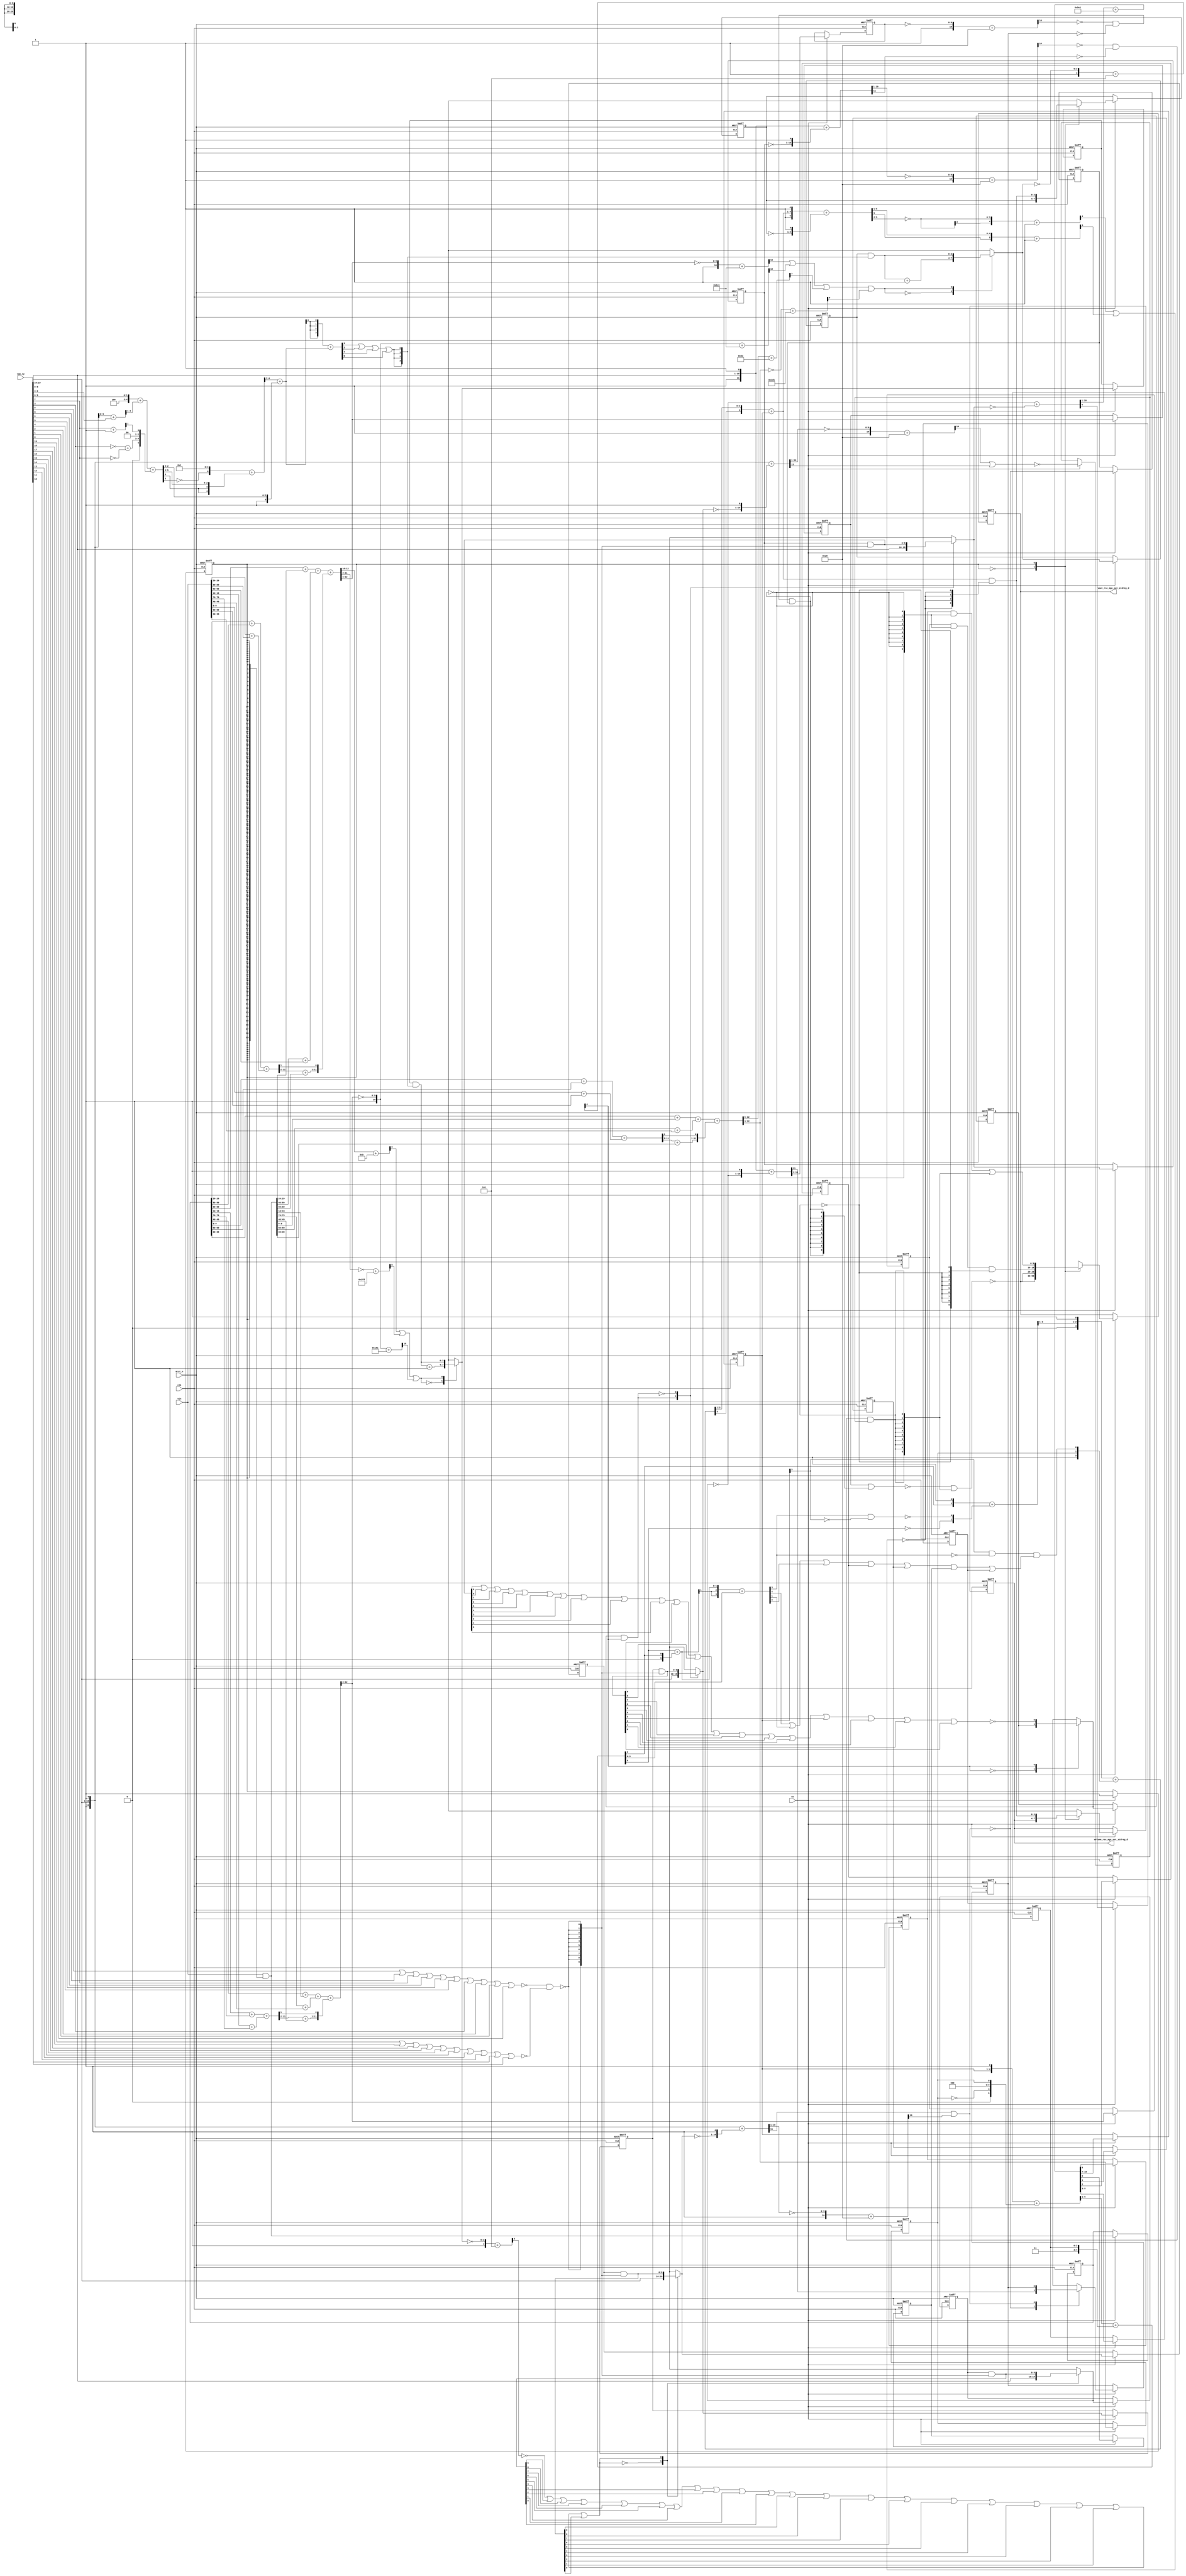
module gauss_blur_core (
  vin, vga_xy, clk, en, arst_n, vout_rsc_mgc_out_stdreg_d, volume_rsc_mgc_out_stdreg_d
);
  input [89:0] vin;
  input [19:0] vga_xy;
  input clk;
  input en;
  input arst_n;
  output [29:0] vout_rsc_mgc_out_stdreg_d;
  reg [29:0] vout_rsc_mgc_out_stdreg_d;
  output [3:0] volume_rsc_mgc_out_stdreg_d;
  reg [3:0] volume_rsc_mgc_out_stdreg_d;


  // Interconnect Declarations
  wire or_dcpl_7;
  wire not_tmp_8;
  reg [89:0] regs_regs_1_sva;
  reg [3:0] acc_15_0_sva;
  reg [3:0] acc_15_1_sva;
  reg [9:0] red_xy_0_sva;
  reg [9:0] red_xy_1_sva;
  reg [9:0] blue_xy_0_sva;
  reg [9:0] blue_xy_1_sva;
  reg [3:0] volume_previous_sva;
  reg if_9_land_lpi_1_dfm;
  reg [9:0] MAC1_acc_psp_sg1_sva_1;
  reg [9:0] MAC1_acc_39_psp_sg1_sva_1;
  reg [9:0] MAC1_acc_40_psp_sg1_sva_1;
  reg land_12_lpi_1_dfm_1;
  reg land_14_lpi_1_dfm_1;
  reg [9:0] deltay_square_red_slc_deltay_square_red_acc_psp_itm_1;
  reg aif_41_slc_itm_1;
  reg [2:0] volume_current_slc_acc_idiv_8_itm_1;
  reg volume_current_slc_acc_idiv_20_itm_1;
  reg volume_current_slc_acc_idiv_21_itm_1;
  reg volume_current_slc_acc_idiv_22_itm_1;
  reg volume_current_slc_acc_idiv_13_itm_1;
  reg [3:0] volume_current_slc_acc_idiv_7_itm_1;
  reg main_stage_0_2;
  wire if_9_land_lpi_1_dfm_mx0;
  wire [3:0] acc_15_0_sva_dfm_1_mx0;
  wire [9:0] blue_xy_1_sva_dfm;
  wire [9:0] blue_xy_0_sva_dfm;
  reg reg_volume_current_slc_acc_idiv_6_itm_1_cse;
  wire [9:0] red_xy_1_sva_dfm;
  wire [9:0] red_xy_0_sva_dfm;
  reg reg_deltay_square_blue_acc_psp_sva_tmp;
  wire [11:0] deltay_square_blue_acc_1_itm;
  wire [12:0] nl_deltay_square_blue_acc_1_itm;
  wire [5:0] if_17_acc_1_itm;
  wire [6:0] nl_if_17_acc_1_itm;
  wire [12:0] MAC1_acc_itm;
  wire [13:0] nl_MAC1_acc_itm;
  wire [12:0] MAC1_acc_78_itm;
  wire [13:0] nl_MAC1_acc_78_itm;
  wire [12:0] MAC1_acc_79_itm;
  wire [13:0] nl_MAC1_acc_79_itm;
  wire [11:0] deltay_square_red_acc_1_itm;
  wire [12:0] nl_deltay_square_red_acc_1_itm;
  wire [10:0] aif_39_acc_itm;
  wire [11:0] nl_aif_39_acc_itm;
  wire [11:0] deltax_square_red_acc_1_itm;
  wire [12:0] nl_deltax_square_red_acc_1_itm;
  wire [11:0] deltax_square_blue_acc_1_itm;
  wire [12:0] nl_deltax_square_blue_acc_1_itm;
  wire [4:0] acc_3_itm;
  wire [5:0] nl_acc_3_itm;
  wire [89:0] regs_regs_0_sva_mx0;
  wire land_11_lpi_1_dfm;
  wire land_13_lpi_1_dfm;
  wire [3:0] volume_previous_sva_dfm;
  wire [3:0] volume_current_sva;
  wire [4:0] nl_volume_current_sva;
  wire [4:0] volume_current_acc_psp_sva;
  wire [5:0] nl_volume_current_acc_psp_sva;
  wire [3:0] volume_current_acc_2_psp_sva;
  wire [4:0] nl_volume_current_acc_2_psp_sva;
  wire [3:0] acc_15_0_sva_dfm;
  wire [3:0] acc_15_1_sva_dfm_1_mx0;
  wire [3:0] acc_15_1_sva_dfm;
  wire [9:0] red_xy_1_sva_dfm_2_mx0;
  wire [9:0] red_xy_0_sva_dfm_2_mx0;
  wire [9:0] blue_xy_0_sva_dfm_2_mx0;
  wire [9:0] blue_xy_1_sva_mx0;
  wire [3:0] if_3_acc_svs;
  wire [4:0] nl_if_3_acc_svs;
  wire [3:0] if_3_acc_1_psp_sva;
  wire [4:0] nl_if_3_acc_1_psp_sva;
  wire [5:0] acc_imod_2_sva;
  wire [6:0] nl_acc_imod_2_sva;
  wire [10:0] volume_current_acc_8_psp;
  wire [11:0] nl_volume_current_acc_8_psp;
  wire [10:0] volume_current_acc_3_sdt;
  wire [11:0] nl_volume_current_acc_3_sdt;
  wire [11:0] MAC1_acc_45_itm;
  wire [12:0] nl_MAC1_acc_45_itm;
  wire [11:0] MAC1_acc_52_itm;
  wire [12:0] nl_MAC1_acc_52_itm;
  wire [11:0] MAC1_acc_59_itm;
  wire [12:0] nl_MAC1_acc_59_itm;
  wire nand_1_itm;
  wire or_itm;


  // Interconnect Declarations for Component Instantiations 
  assign regs_regs_0_sva_mx0 = vin & ({{89{main_stage_0_2}}, main_stage_0_2});
  assign nl_deltay_square_blue_acc_1_itm = ({1'b1 , (vga_xy[19:10]) , 1'b1}) + conv_u2s_11_12({(~
      blue_xy_1_sva) , 1'b1});
  assign deltay_square_blue_acc_1_itm = nl_deltay_square_blue_acc_1_itm[11:0];
  assign nl_if_17_acc_1_itm = ({1'b1 , volume_current_sva , 1'b1}) + conv_u2s_5_6({(~
      volume_previous_sva) , 1'b1});
  assign if_17_acc_1_itm = nl_if_17_acc_1_itm[5:0];
  assign nl_MAC1_acc_45_itm = conv_u2u_11_12(conv_u2u_10_11(regs_regs_1_sva[29:20])
      + conv_u2u_10_11(regs_regs_1_sva[89:80])) + conv_u2u_11_12(conv_u2u_10_11(vin[29:20])
      + conv_u2u_10_11(vin[89:80]));
  assign MAC1_acc_45_itm = nl_MAC1_acc_45_itm[11:0];
  assign nl_MAC1_acc_itm = conv_u2u_12_13(conv_u2u_11_12(conv_u2u_10_11(regs_regs_1_sva[59:50])
      + conv_u2u_10_11(regs_regs_0_sva_mx0[29:20])) + conv_u2u_11_12(conv_u2u_10_11(regs_regs_0_sva_mx0[89:80])
      + conv_u2u_10_11(vin[59:50]))) + conv_u2u_12_13({(conv_u2u_10_11(MAC1_acc_45_itm[11:2])
      + conv_u2u_10_11(regs_regs_0_sva_mx0[59:50])) , (MAC1_acc_45_itm[1])});
  assign MAC1_acc_itm = nl_MAC1_acc_itm[12:0];
  assign land_11_lpi_1_dfm = (~ (readslicef_11_1_10((({1'b1 , (~ deltay_square_red_slc_deltay_square_red_acc_psp_itm_1)})
      + 11'b101001)))) & (~ aif_41_slc_itm_1) & land_12_lpi_1_dfm_1;
  assign land_13_lpi_1_dfm = (~ (readslicef_11_1_10((({1'b1 , (~ (deltay_square_blue_acc_1_itm[10:1]))})
      + 11'b101001)))) & (~ (deltay_square_blue_acc_1_itm[11])) & land_14_lpi_1_dfm_1;
  assign nl_MAC1_acc_52_itm = conv_u2u_11_12(conv_u2u_10_11(regs_regs_1_sva[19:10])
      + conv_u2u_10_11(regs_regs_1_sva[79:70])) + conv_u2u_11_12(conv_u2u_10_11(vin[19:10])
      + conv_u2u_10_11(vin[79:70]));
  assign MAC1_acc_52_itm = nl_MAC1_acc_52_itm[11:0];
  assign nl_MAC1_acc_78_itm = conv_u2u_12_13(conv_u2u_11_12(conv_u2u_10_11(regs_regs_1_sva[49:40])
      + conv_u2u_10_11(regs_regs_0_sva_mx0[19:10])) + conv_u2u_11_12(conv_u2u_10_11(regs_regs_0_sva_mx0[79:70])
      + conv_u2u_10_11(vin[49:40]))) + conv_u2u_12_13({(conv_u2u_10_11(MAC1_acc_52_itm[11:2])
      + conv_u2u_10_11(regs_regs_0_sva_mx0[49:40])) , (MAC1_acc_52_itm[1])});
  assign MAC1_acc_78_itm = nl_MAC1_acc_78_itm[12:0];
  assign nl_MAC1_acc_59_itm = conv_u2u_11_12(conv_u2u_10_11(regs_regs_1_sva[9:0])
      + conv_u2u_10_11(regs_regs_1_sva[69:60])) + conv_u2u_11_12(conv_u2u_10_11(vin[9:0])
      + conv_u2u_10_11(vin[69:60]));
  assign MAC1_acc_59_itm = nl_MAC1_acc_59_itm[11:0];
  assign nl_MAC1_acc_79_itm = conv_u2u_12_13(conv_u2u_11_12(conv_u2u_10_11(regs_regs_1_sva[39:30])
      + conv_u2u_10_11(regs_regs_0_sva_mx0[9:0])) + conv_u2u_11_12(conv_u2u_10_11(regs_regs_0_sva_mx0[69:60])
      + conv_u2u_10_11(vin[39:30]))) + conv_u2u_12_13({(conv_u2u_10_11(MAC1_acc_59_itm[11:2])
      + conv_u2u_10_11(regs_regs_0_sva_mx0[39:30])) , (MAC1_acc_59_itm[1])});
  assign MAC1_acc_79_itm = nl_MAC1_acc_79_itm[12:0];
  assign volume_previous_sva_dfm = volume_current_sva & (signext_4_1(~((readslicef_5_1_4((conv_s2u_4_5(~
      (if_17_acc_1_itm[5:2])) + 5'b1))) | (readslicef_6_1_5((conv_s2s_5_6(if_17_acc_1_itm[5:1])
      + 6'b1))))));
  assign nl_volume_current_sva = conv_s2u_3_4(readslicef_4_3_1((conv_u2s_3_4({(readslicef_3_2_1((conv_u2u_2_3({(volume_current_acc_psp_sva[3])
      , 1'b1}) + conv_u2u_2_3({(~ (volume_current_acc_psp_sva[4])) , (~((volume_current_acc_2_psp_sva[3])
      & (~ (volume_current_slc_acc_idiv_7_itm_1[3]))))})))) , 1'b1}) + conv_s2s_3_4({1'b1
      , reg_volume_current_slc_acc_idiv_6_itm_1_cse , ((volume_current_slc_acc_idiv_7_itm_1[3])
      & (~ (volume_current_acc_2_psp_sva[3])) & ((volume_current_acc_2_psp_sva[2])
      | (volume_current_acc_2_psp_sva[1]) | (volume_current_acc_2_psp_sva[0]) | volume_current_slc_acc_idiv_20_itm_1
      | volume_current_slc_acc_idiv_21_itm_1 | volume_current_slc_acc_idiv_22_itm_1
      | volume_current_slc_acc_idiv_13_itm_1))})))) + volume_current_slc_acc_idiv_7_itm_1;
  assign volume_current_sva = nl_volume_current_sva[3:0];
  assign nl_volume_current_acc_psp_sva = (readslicef_6_5_1((conv_s2s_5_6({volume_current_slc_acc_idiv_7_itm_1
      , 1'b1}) + conv_u2s_5_6({(~ reg_volume_current_slc_acc_idiv_6_itm_1_cse) ,
      3'b0 , reg_volume_current_slc_acc_idiv_6_itm_1_cse})))) + conv_s2u_4_5({1'b1
      , volume_current_slc_acc_idiv_8_itm_1});
  assign volume_current_acc_psp_sva = nl_volume_current_acc_psp_sva[4:0];
  assign nl_volume_current_acc_2_psp_sva = conv_s2u_2_4(conv_s2s_1_2(volume_current_acc_psp_sva[4])
      + conv_u2s_1_2(volume_current_acc_psp_sva[3])) + (volume_current_acc_psp_sva[3:0]);
  assign volume_current_acc_2_psp_sva = nl_volume_current_acc_2_psp_sva[3:0];
  assign acc_15_0_sva_dfm_1_mx0 = MUX_v_4_2_2({(acc_15_0_sva_dfm + 4'b1) , acc_15_0_sva_dfm},
      (readslicef_4_1_3((conv_u2u_3_4(MAC1_acc_itm[12:10]) + 4'b1011))) | (readslicef_10_1_9((conv_u2s_9_10(~
      (MAC1_acc_itm[11:3])) + 10'b1111111101))) | (readslicef_11_1_10((({1'b1 , (~
      (MAC1_acc_78_itm[12:3]))}) + 11'b110010001))));
  assign acc_15_0_sva_dfm = acc_15_0_sva & ({{3{or_itm}}, or_itm});
  assign acc_15_1_sva_dfm_1_mx0 = MUX_v_4_2_2({(acc_15_1_sva_dfm + 4'b1) , acc_15_1_sva_dfm},
      (readslicef_11_1_10((({1'b1 , (~ (MAC1_acc_itm[12:3]))}) + 11'b101000001)))
      | (readslicef_11_1_10((({1'b1 , (~ (MAC1_acc_78_itm[12:3]))}) + 11'b101000001)))
      | (readslicef_8_1_7((conv_u2u_7_8(MAC1_acc_79_itm[12:6]) + 8'b11010011))) |
      (readslicef_10_1_9(((~ (MAC1_acc_79_itm[12:3])) + 10'b1011010001))));
  assign acc_15_1_sva_dfm = acc_15_1_sva & ({{3{or_itm}}, or_itm});
  assign red_xy_1_sva_dfm_2_mx0 = MUX_v_10_2_2({(vga_xy[19:10]) , red_xy_1_sva_dfm},
      or_dcpl_7);
  assign red_xy_0_sva_dfm_2_mx0 = MUX_v_10_2_2({(vga_xy[9:0]) , red_xy_0_sva_dfm},
      or_dcpl_7);
  assign red_xy_1_sva_dfm = red_xy_1_sva & ({{9{nand_1_itm}}, nand_1_itm});
  assign red_xy_0_sva_dfm = red_xy_0_sva & ({{9{nand_1_itm}}, nand_1_itm});
  assign if_9_land_lpi_1_dfm_mx0 = MUX_s_1_2_2({if_9_land_lpi_1_dfm , (~((blue_xy_1_sva_dfm[9])
      | (blue_xy_1_sva_dfm[8]) | (blue_xy_1_sva_dfm[7]) | (blue_xy_1_sva_dfm[6])
      | (blue_xy_1_sva_dfm[5]) | (blue_xy_1_sva_dfm[4]) | (blue_xy_1_sva_dfm[3])
      | (blue_xy_1_sva_dfm[2]) | (blue_xy_1_sva_dfm[1]) | (blue_xy_1_sva_dfm[0])
      | (blue_xy_0_sva_dfm[9]) | (blue_xy_0_sva_dfm[8]) | (blue_xy_0_sva_dfm[7])
      | (blue_xy_0_sva_dfm[6]) | (blue_xy_0_sva_dfm[5]) | (blue_xy_0_sva_dfm[4])
      | (blue_xy_0_sva_dfm[3]) | (blue_xy_0_sva_dfm[2]) | (blue_xy_0_sva_dfm[1])
      | (blue_xy_0_sva_dfm[0])))}, acc_3_itm[4]);
  assign blue_xy_1_sva_dfm = blue_xy_1_sva & ({{9{nand_1_itm}}, nand_1_itm});
  assign blue_xy_0_sva_dfm = blue_xy_0_sva & ({{9{nand_1_itm}}, nand_1_itm});
  assign nl_deltay_square_red_acc_1_itm = ({1'b1 , (vga_xy[19:10]) , 1'b1}) + conv_u2s_11_12({(~
      red_xy_1_sva_dfm_2_mx0) , 1'b1});
  assign deltay_square_red_acc_1_itm = nl_deltay_square_red_acc_1_itm[11:0];
  assign nl_aif_39_acc_itm = ({1'b1 , (~ (deltax_square_red_acc_1_itm[10:1]))}) +
      11'b101001;
  assign aif_39_acc_itm = nl_aif_39_acc_itm[10:0];
  assign nl_deltax_square_red_acc_1_itm = ({1'b1 , (vga_xy[9:0]) , 1'b1}) + conv_u2s_11_12({(~
      red_xy_0_sva_dfm_2_mx0) , 1'b1});
  assign deltax_square_red_acc_1_itm = nl_deltax_square_red_acc_1_itm[11:0];
  assign nl_deltax_square_blue_acc_1_itm = ({1'b1 , (vga_xy[9:0]) , 1'b1}) + conv_u2s_11_12({(~
      blue_xy_0_sva_dfm_2_mx0) , 1'b1});
  assign deltax_square_blue_acc_1_itm = nl_deltax_square_blue_acc_1_itm[11:0];
  assign blue_xy_0_sva_dfm_2_mx0 = MUX_v_10_2_2({(vga_xy[9:0]) , blue_xy_0_sva_dfm},
      not_tmp_8);
  assign nl_acc_3_itm = ({1'b1 , (~ acc_15_1_sva_dfm_1_mx0)}) + 5'b101;
  assign acc_3_itm = nl_acc_3_itm[4:0];
  assign blue_xy_1_sva_mx0 = MUX_v_10_2_2({(vga_xy[19:10]) , blue_xy_1_sva_dfm},
      not_tmp_8);
  assign nl_if_3_acc_svs = conv_s2u_1_4(if_3_acc_1_psp_sva[3]) + if_3_acc_1_psp_sva;
  assign if_3_acc_svs = nl_if_3_acc_svs[3:0];
  assign nl_if_3_acc_1_psp_sva = (readslicef_5_4_1((({(~ (acc_imod_2_sva[3])) , 4'b1})
      + conv_s2u_3_5(acc_imod_2_sva[5:3])))) + ({1'b1 , (acc_imod_2_sva[2:0])});
  assign if_3_acc_1_psp_sva = nl_if_3_acc_1_psp_sva[3:0];
  assign nl_acc_imod_2_sva = conv_s2s_5_6(({3'b100 , (vga_xy[9:8])}) + conv_u2s_4_5(readslicef_5_4_1((conv_u2u_4_5({(vga_xy[2:0])
      , 1'b1}) + conv_u2u_4_5(vga_xy[6:3]))))) + conv_u2s_5_6({(conv_u2u_1_2(~ (vga_xy[3]))
      + conv_u2u_1_2(~ (vga_xy[7]))) , 2'b0 , (readslicef_2_1_1((conv_u2u_1_2(vga_xy[7])
      + 2'b1)))});
  assign acc_imod_2_sva = nl_acc_imod_2_sva[5:0];
  assign nl_volume_current_acc_8_psp = conv_u2u_10_11(volume_current_acc_3_sdt[10:1])
      + 11'b10111100001;
  assign volume_current_acc_8_psp = nl_volume_current_acc_8_psp[10:0];
  assign nl_volume_current_acc_3_sdt = conv_u2u_10_11(~ red_xy_1_sva_dfm_2_mx0) +
      conv_u2u_10_11(~ blue_xy_1_sva_mx0);
  assign volume_current_acc_3_sdt = nl_volume_current_acc_3_sdt[10:0];
  assign nand_1_itm = ~((~((vga_xy[9]) | (vga_xy[8]) | (vga_xy[7]) | (vga_xy[6])
      | (vga_xy[5]) | (vga_xy[4]) | (vga_xy[3]) | (vga_xy[2]) | (vga_xy[1]) | (vga_xy[0])))
      & (~((vga_xy[19]) | (vga_xy[18]) | (vga_xy[17]) | (vga_xy[16]) | (vga_xy[15])
      | (vga_xy[14]) | (vga_xy[13]) | (vga_xy[12]) | (vga_xy[11]) | (vga_xy[10]))));
  assign or_itm = (if_3_acc_svs[3]) | (if_3_acc_svs[2]) | (if_3_acc_svs[1]) | (if_3_acc_svs[0]);
  assign or_dcpl_7 = (~ (readslicef_5_1_4((({1'b1 , (~ acc_15_0_sva_dfm_1_mx0)})
      + 5'b101)))) | (red_xy_1_sva_dfm[9]) | (red_xy_1_sva_dfm[8]) | (red_xy_1_sva_dfm[7])
      | (red_xy_1_sva_dfm[6]) | (red_xy_1_sva_dfm[5]) | (red_xy_1_sva_dfm[4]) | (red_xy_1_sva_dfm[3])
      | (red_xy_1_sva_dfm[2]) | (red_xy_1_sva_dfm[1]) | (red_xy_1_sva_dfm[0]) | (red_xy_0_sva_dfm[9])
      | (red_xy_0_sva_dfm[8]) | (red_xy_0_sva_dfm[7]) | (red_xy_0_sva_dfm[6]) | (red_xy_0_sva_dfm[5])
      | (red_xy_0_sva_dfm[4]) | (red_xy_0_sva_dfm[3]) | (red_xy_0_sva_dfm[2]) | (red_xy_0_sva_dfm[1])
      | (red_xy_0_sva_dfm[0]);
  assign not_tmp_8 = ~(if_9_land_lpi_1_dfm_mx0 & (acc_3_itm[4]));
  always @(posedge clk or negedge arst_n) begin
    if ( ~ arst_n ) begin
      vout_rsc_mgc_out_stdreg_d <= 30'b0;
      volume_rsc_mgc_out_stdreg_d <= 4'b0;
      deltay_square_red_slc_deltay_square_red_acc_psp_itm_1 <= 10'b0;
      volume_previous_sva <= 4'b0;
      MAC1_acc_psp_sg1_sva_1 <= 10'b0;
      MAC1_acc_39_psp_sg1_sva_1 <= 10'b0;
      MAC1_acc_40_psp_sg1_sva_1 <= 10'b0;
      reg_volume_current_slc_acc_idiv_6_itm_1_cse <= 1'b0;
      volume_current_slc_acc_idiv_20_itm_1 <= 1'b0;
      volume_current_slc_acc_idiv_21_itm_1 <= 1'b0;
      volume_current_slc_acc_idiv_22_itm_1 <= 1'b0;
      volume_current_slc_acc_idiv_13_itm_1 <= 1'b0;
      volume_current_slc_acc_idiv_7_itm_1 <= 4'b0;
      volume_current_slc_acc_idiv_8_itm_1 <= 3'b0;
      land_14_lpi_1_dfm_1 <= 1'b0;
      aif_41_slc_itm_1 <= 1'b0;
      land_12_lpi_1_dfm_1 <= 1'b0;
      if_9_land_lpi_1_dfm <= 1'b0;
      blue_xy_1_sva <= 10'b0;
      blue_xy_0_sva <= 10'b0;
      red_xy_1_sva <= 10'b0;
      red_xy_0_sva <= 10'b0;
      acc_15_1_sva <= 4'b0;
      acc_15_0_sva <= 4'b0;
      regs_regs_1_sva <= 90'b0;
      main_stage_0_2 <= 1'b0;
      reg_deltay_square_blue_acc_psp_sva_tmp <= 1'b0;
    end
    else begin
      if ( en ) begin
        vout_rsc_mgc_out_stdreg_d <= MUX_v_30_2_2({vout_rsc_mgc_out_stdreg_d , ({(~((~(MAC1_acc_psp_sg1_sva_1
            | ({{9{land_11_lpi_1_dfm}}, land_11_lpi_1_dfm}))) | ({{9{land_13_lpi_1_dfm}},
            land_13_lpi_1_dfm}))) , (MAC1_acc_39_psp_sg1_sva_1 & (signext_10_1(~
            land_11_lpi_1_dfm)) & (signext_10_1(~ land_13_lpi_1_dfm))) , ((MAC1_acc_40_psp_sg1_sva_1
            & (signext_10_1(~ land_11_lpi_1_dfm))) | ({{9{land_13_lpi_1_dfm}}, land_13_lpi_1_dfm}))})},
            main_stage_0_2);
        volume_rsc_mgc_out_stdreg_d <= MUX_v_4_2_2({volume_rsc_mgc_out_stdreg_d ,
            volume_previous_sva_dfm}, main_stage_0_2);
        deltay_square_red_slc_deltay_square_red_acc_psp_itm_1 <= deltay_square_red_acc_1_itm[10:1];
        volume_previous_sva <= MUX_v_4_2_2({volume_previous_sva , volume_previous_sva_dfm},
            main_stage_0_2);
        MAC1_acc_psp_sg1_sva_1 <= MAC1_acc_itm[12:3];
        MAC1_acc_39_psp_sg1_sva_1 <= MAC1_acc_78_itm[12:3];
        MAC1_acc_40_psp_sg1_sva_1 <= MAC1_acc_79_itm[12:3];
        reg_volume_current_slc_acc_idiv_6_itm_1_cse <= volume_current_acc_8_psp[6];
        volume_current_slc_acc_idiv_20_itm_1 <= volume_current_acc_8_psp[2];
        volume_current_slc_acc_idiv_21_itm_1 <= volume_current_acc_8_psp[1];
        volume_current_slc_acc_idiv_22_itm_1 <= volume_current_acc_8_psp[0];
        volume_current_slc_acc_idiv_13_itm_1 <= volume_current_acc_3_sdt[0];
        volume_current_slc_acc_idiv_7_itm_1 <= volume_current_acc_8_psp[10:7];
        volume_current_slc_acc_idiv_8_itm_1 <= volume_current_acc_8_psp[5:3];
        land_14_lpi_1_dfm_1 <= ~((readslicef_11_1_10((({1'b1 , (~ (deltax_square_blue_acc_1_itm[10:1]))})
            + 11'b101001))) | (deltax_square_blue_acc_1_itm[11]));
        aif_41_slc_itm_1 <= MUX_s_1_2_2({(deltay_square_red_acc_1_itm[11]) , aif_41_slc_itm_1},
            (deltax_square_red_acc_1_itm[11]) | (aif_39_acc_itm[10]));
        land_12_lpi_1_dfm_1 <= ~((aif_39_acc_itm[10]) | (deltax_square_red_acc_1_itm[11]));
        if_9_land_lpi_1_dfm <= if_9_land_lpi_1_dfm_mx0;
        blue_xy_1_sva <= blue_xy_1_sva_mx0;
        blue_xy_0_sva <= blue_xy_0_sva_dfm_2_mx0;
        red_xy_1_sva <= red_xy_1_sva_dfm_2_mx0;
        red_xy_0_sva <= red_xy_0_sva_dfm_2_mx0;
        acc_15_1_sva <= acc_15_1_sva_dfm_1_mx0;
        acc_15_0_sva <= acc_15_0_sva_dfm_1_mx0;
        regs_regs_1_sva <= regs_regs_0_sva_mx0;
        main_stage_0_2 <= 1'b1;
        reg_deltay_square_blue_acc_psp_sva_tmp <= MUX_s_1_2_2({reg_deltay_square_blue_acc_psp_sva_tmp
            , (MUX_s_1_2_2({reg_deltay_square_blue_acc_psp_sva_tmp , (deltay_square_blue_acc_1_itm[11])},
            land_14_lpi_1_dfm_1))}, main_stage_0_2);
      end
    end
  end

  function [0:0] readslicef_11_1_10;
    input [10:0] vector;
    reg [10:0] tmp;
  begin
    tmp = vector >> 10;
    readslicef_11_1_10 = tmp[0:0];
  end
  endfunction


  function [0:0] readslicef_5_1_4;
    input [4:0] vector;
    reg [4:0] tmp;
  begin
    tmp = vector >> 4;
    readslicef_5_1_4 = tmp[0:0];
  end
  endfunction


  function [0:0] readslicef_6_1_5;
    input [5:0] vector;
    reg [5:0] tmp;
  begin
    tmp = vector >> 5;
    readslicef_6_1_5 = tmp[0:0];
  end
  endfunction


  function [3:0] signext_4_1;
    input [0:0] vector;
  begin
    signext_4_1= {{3{vector[0]}}, vector};
  end
  endfunction


  function [2:0] readslicef_4_3_1;
    input [3:0] vector;
    reg [3:0] tmp;
  begin
    tmp = vector >> 1;
    readslicef_4_3_1 = tmp[2:0];
  end
  endfunction


  function [1:0] readslicef_3_2_1;
    input [2:0] vector;
    reg [2:0] tmp;
  begin
    tmp = vector >> 1;
    readslicef_3_2_1 = tmp[1:0];
  end
  endfunction


  function [4:0] readslicef_6_5_1;
    input [5:0] vector;
    reg [5:0] tmp;
  begin
    tmp = vector >> 1;
    readslicef_6_5_1 = tmp[4:0];
  end
  endfunction


  function [3:0] MUX_v_4_2_2;
    input [7:0] inputs;
    input [0:0] sel;
    reg [3:0] result;
  begin
    case (sel)
      1'b0 : begin
        result = inputs[7:4];
      end
      1'b1 : begin
        result = inputs[3:0];
      end
      default : begin
        result = inputs[7:4];
      end
    endcase
    MUX_v_4_2_2 = result;
  end
  endfunction


  function [0:0] readslicef_4_1_3;
    input [3:0] vector;
    reg [3:0] tmp;
  begin
    tmp = vector >> 3;
    readslicef_4_1_3 = tmp[0:0];
  end
  endfunction


  function [0:0] readslicef_10_1_9;
    input [9:0] vector;
    reg [9:0] tmp;
  begin
    tmp = vector >> 9;
    readslicef_10_1_9 = tmp[0:0];
  end
  endfunction


  function [0:0] readslicef_8_1_7;
    input [7:0] vector;
    reg [7:0] tmp;
  begin
    tmp = vector >> 7;
    readslicef_8_1_7 = tmp[0:0];
  end
  endfunction


  function [9:0] MUX_v_10_2_2;
    input [19:0] inputs;
    input [0:0] sel;
    reg [9:0] result;
  begin
    case (sel)
      1'b0 : begin
        result = inputs[19:10];
      end
      1'b1 : begin
        result = inputs[9:0];
      end
      default : begin
        result = inputs[19:10];
      end
    endcase
    MUX_v_10_2_2 = result;
  end
  endfunction


  function [0:0] MUX_s_1_2_2;
    input [1:0] inputs;
    input [0:0] sel;
    reg [0:0] result;
  begin
    case (sel)
      1'b0 : begin
        result = inputs[1:1];
      end
      1'b1 : begin
        result = inputs[0:0];
      end
      default : begin
        result = inputs[1:1];
      end
    endcase
    MUX_s_1_2_2 = result;
  end
  endfunction


  function [3:0] readslicef_5_4_1;
    input [4:0] vector;
    reg [4:0] tmp;
  begin
    tmp = vector >> 1;
    readslicef_5_4_1 = tmp[3:0];
  end
  endfunction


  function [0:0] readslicef_2_1_1;
    input [1:0] vector;
    reg [1:0] tmp;
  begin
    tmp = vector >> 1;
    readslicef_2_1_1 = tmp[0:0];
  end
  endfunction


  function [29:0] MUX_v_30_2_2;
    input [59:0] inputs;
    input [0:0] sel;
    reg [29:0] result;
  begin
    case (sel)
      1'b0 : begin
        result = inputs[59:30];
      end
      1'b1 : begin
        result = inputs[29:0];
      end
      default : begin
        result = inputs[59:30];
      end
    endcase
    MUX_v_30_2_2 = result;
  end
  endfunction


  function [9:0] signext_10_1;
    input [0:0] vector;
  begin
    signext_10_1= {{9{vector[0]}}, vector};
  end
  endfunction


  function signed [11:0] conv_u2s_11_12 ;
    input [10:0]  vector ;
  begin
    conv_u2s_11_12 = {1'b0, vector};
  end
  endfunction


  function signed [5:0] conv_u2s_5_6 ;
    input [4:0]  vector ;
  begin
    conv_u2s_5_6 = {1'b0, vector};
  end
  endfunction


  function  [11:0] conv_u2u_11_12 ;
    input [10:0]  vector ;
  begin
    conv_u2u_11_12 = {1'b0, vector};
  end
  endfunction


  function  [10:0] conv_u2u_10_11 ;
    input [9:0]  vector ;
  begin
    conv_u2u_10_11 = {1'b0, vector};
  end
  endfunction


  function  [12:0] conv_u2u_12_13 ;
    input [11:0]  vector ;
  begin
    conv_u2u_12_13 = {1'b0, vector};
  end
  endfunction


  function  [4:0] conv_s2u_4_5 ;
    input signed [3:0]  vector ;
  begin
    conv_s2u_4_5 = {vector[3], vector};
  end
  endfunction


  function signed [5:0] conv_s2s_5_6 ;
    input signed [4:0]  vector ;
  begin
    conv_s2s_5_6 = {vector[4], vector};
  end
  endfunction


  function  [3:0] conv_s2u_3_4 ;
    input signed [2:0]  vector ;
  begin
    conv_s2u_3_4 = {vector[2], vector};
  end
  endfunction


  function signed [3:0] conv_u2s_3_4 ;
    input [2:0]  vector ;
  begin
    conv_u2s_3_4 = {1'b0, vector};
  end
  endfunction


  function  [2:0] conv_u2u_2_3 ;
    input [1:0]  vector ;
  begin
    conv_u2u_2_3 = {1'b0, vector};
  end
  endfunction


  function signed [3:0] conv_s2s_3_4 ;
    input signed [2:0]  vector ;
  begin
    conv_s2s_3_4 = {vector[2], vector};
  end
  endfunction


  function  [3:0] conv_s2u_2_4 ;
    input signed [1:0]  vector ;
  begin
    conv_s2u_2_4 = {{2{vector[1]}}, vector};
  end
  endfunction


  function signed [1:0] conv_s2s_1_2 ;
    input signed [0:0]  vector ;
  begin
    conv_s2s_1_2 = {vector[0], vector};
  end
  endfunction


  function signed [1:0] conv_u2s_1_2 ;
    input [0:0]  vector ;
  begin
    conv_u2s_1_2 = {1'b0, vector};
  end
  endfunction


  function  [3:0] conv_u2u_3_4 ;
    input [2:0]  vector ;
  begin
    conv_u2u_3_4 = {1'b0, vector};
  end
  endfunction


  function signed [9:0] conv_u2s_9_10 ;
    input [8:0]  vector ;
  begin
    conv_u2s_9_10 = {1'b0, vector};
  end
  endfunction


  function  [7:0] conv_u2u_7_8 ;
    input [6:0]  vector ;
  begin
    conv_u2u_7_8 = {1'b0, vector};
  end
  endfunction


  function  [3:0] conv_s2u_1_4 ;
    input signed [0:0]  vector ;
  begin
    conv_s2u_1_4 = {{3{vector[0]}}, vector};
  end
  endfunction


  function  [4:0] conv_s2u_3_5 ;
    input signed [2:0]  vector ;
  begin
    conv_s2u_3_5 = {{2{vector[2]}}, vector};
  end
  endfunction


  function signed [4:0] conv_u2s_4_5 ;
    input [3:0]  vector ;
  begin
    conv_u2s_4_5 = {1'b0, vector};
  end
  endfunction


  function  [4:0] conv_u2u_4_5 ;
    input [3:0]  vector ;
  begin
    conv_u2u_4_5 = {1'b0, vector};
  end
  endfunction


  function  [1:0] conv_u2u_1_2 ;
    input [0:0]  vector ;
  begin
    conv_u2u_1_2 = {1'b0, vector};
  end
  endfunction

endmodule
module gauss_blur (
  vin, vout_rsc_z, vga_xy, volume_rsc_z, clk, en, arst_n
);
  input [89:0] vin;
  output [29:0] vout_rsc_z;
  input [19:0] vga_xy;
  output [3:0] volume_rsc_z;
  input clk;
  input en;
  input arst_n;


  // Interconnect Declarations
  wire [29:0] vout_rsc_mgc_out_stdreg_d;
  wire [3:0] volume_rsc_mgc_out_stdreg_d;


  // Interconnect Declarations for Component Instantiations 
  mgc_out_stdreg #(.rscid(2),
  .width(30)) vout_rsc_mgc_out_stdreg (
      .d(vout_rsc_mgc_out_stdreg_d),
      .z(vout_rsc_z)
    );
  mgc_out_stdreg #(.rscid(4),
  .width(4)) volume_rsc_mgc_out_stdreg (
      .d(volume_rsc_mgc_out_stdreg_d),
      .z(volume_rsc_z)
    );
  gauss_blur_core gauss_blur_core_inst (
      .vin(vin),
      .vga_xy(vga_xy),
      .clk(clk),
      .en(en),
      .arst_n(arst_n),
      .vout_rsc_mgc_out_stdreg_d(vout_rsc_mgc_out_stdreg_d),
      .volume_rsc_mgc_out_stdreg_d(volume_rsc_mgc_out_stdreg_d)
    );
endmodule